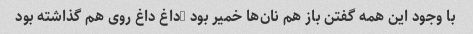
با وجود این همه گفتن باز هم نان‌ها خمیر بود …داغ داغ روی هم گذاشته بود